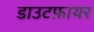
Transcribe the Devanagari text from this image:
डाउटफ़ायर